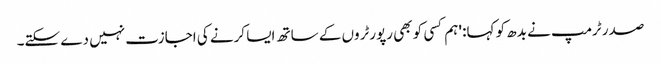
صدر ٹرمپ نے بدھ کو کہا: 'ہم کسی کو بھی رپورٹروں کے ساتھ ایسا کرنے کی اجازت نہیں دے سکتے۔